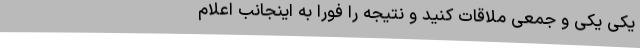
یکی‌ یکی‌ و جمعی‌ ملاقات‌ کنید و نتیجه‌ را فوراً به‌ اینجانب ‌اعلام‌